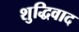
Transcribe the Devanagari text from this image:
शुद्धिवाद